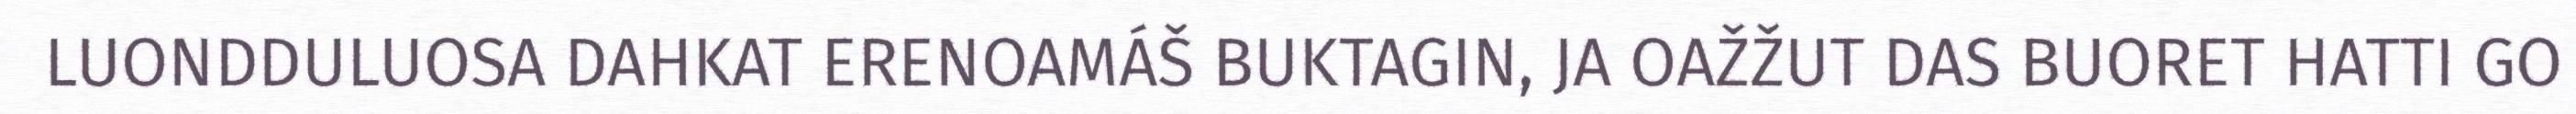
LUONDDULUOSA DAHKAT ERENOAMÁŠ BUKTAGIN, JA OAŽŽUT DAS BUORET HATTI GO